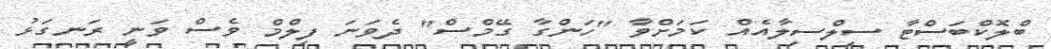
ބްލޮކްބަސްޓާ ސިލްސިލާއެއް ކަމަށްވާ "ހަންގާ ގޭމްސް" ދެވަނަ ފިލްމް ވެސް ވަނީ ރަނގަޅު